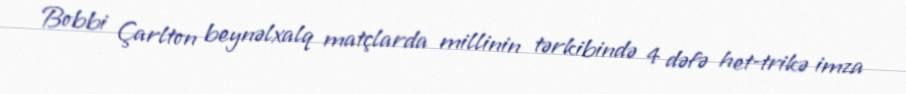
Bobbi Çarlton beynəlxalq matçlarda millinin tərkibində 4 dəfə het-trikə imza